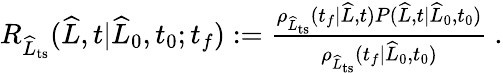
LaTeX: \begin{array}{r}{R_{\widehat{L}_{\mathrm{ts}}}(\widehat{L},t|\widehat{L}_{0},t_{0};t_{f}):=\frac{\rho_{\widehat{L}_{\mathrm{ts}}}(t_{f}|\widehat{L},t)P(\widehat{L},t|\widehat{L}_{0},t_{0})}{\rho_{\widehat{L}_{\mathrm{ts}}}(t_{f}|\widehat{L}_{0},t_{0})}\ .}\end{array}